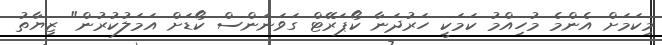
މިކަމަށް އެންމެ މުހިއްމު ކަމަކީ ހަރުދަނާ ކޯޕަރޭޓް ގަވަނަންސް ކޯޑަށް އަމަލުކުރުން" ޒިޔާތު